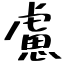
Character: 慮